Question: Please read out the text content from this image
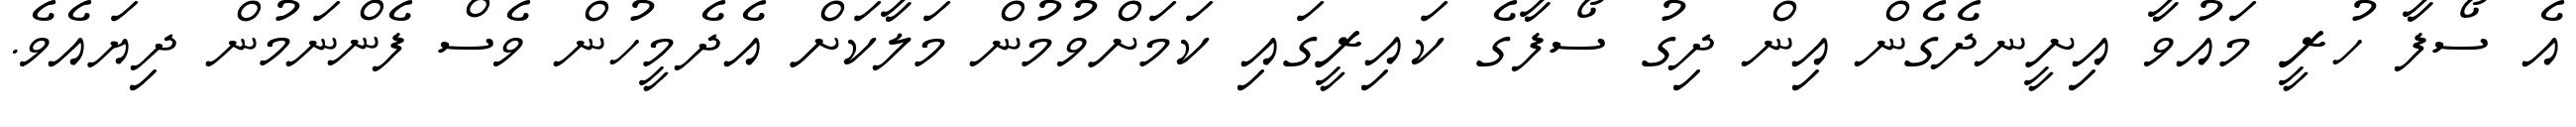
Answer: އެ ސޯފާ ހުރީ މައުވާ އިށީނދެގެން އިން ދިގު ސޯފާގެ ކައިރީގައި ކަމަށްވުމުން މަލާކަށް އެދެމީހުން ވެސް ފެންނަމުން ދިޔައެވެ.